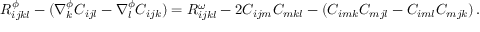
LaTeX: R _ { i j k l } ^ { \phi } - ( \nabla _ { k } ^ { \phi } C _ { i j l } - \nabla _ { l } ^ { \phi } C _ { i j k } ) = R _ { i j k l } ^ { \omega } - 2 C _ { i j m } C _ { m k l } - ( C _ { i m k } C _ { m j l } - C _ { i m l } C _ { m j k } ) \, .